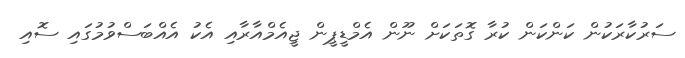
ސަރުކާރަކުން ކަންކަން ކުރާ ގޮތަކަށް ނޫން އެމްޑީޕީން ޖީއެމްއާރާއި އެކު އެއްބަސްވުމުގައި ސޮއި